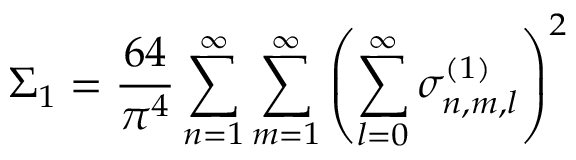
\Sigma _ { 1 } = \frac { 6 4 } { \pi ^ { 4 } } \sum _ { n = 1 } ^ { \infty } \sum _ { m = 1 } ^ { \infty } \left( \sum _ { l = 0 } ^ { \infty } \sigma _ { n , m , l } ^ { ( 1 ) } \right) ^ { 2 }